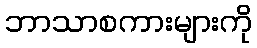
ဘာသာစကားများကို